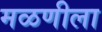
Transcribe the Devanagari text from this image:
मळणीला